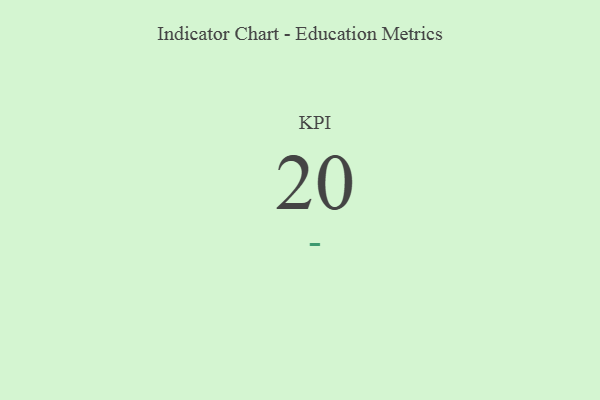
{"axis": {"x": "KPI", "y": "Value"}, "legend": [""], "data": [{"x": "KPI", "y": 20, "type": ""}]}